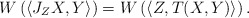
\begin{align*}W\left(\langle J_Z X,Y\rangle\right)=W\left(\langle Z,T(X,Y)\rangle\right).\end{align*}